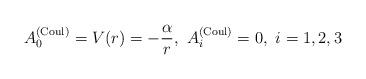
LaTeX: \begin{align*}A_0^{({\rm Coul})}=V(r)=-\frac \alpha r,\ A_i^{({\rm Coul})}=0,\ i=1,2,3\end{align*}